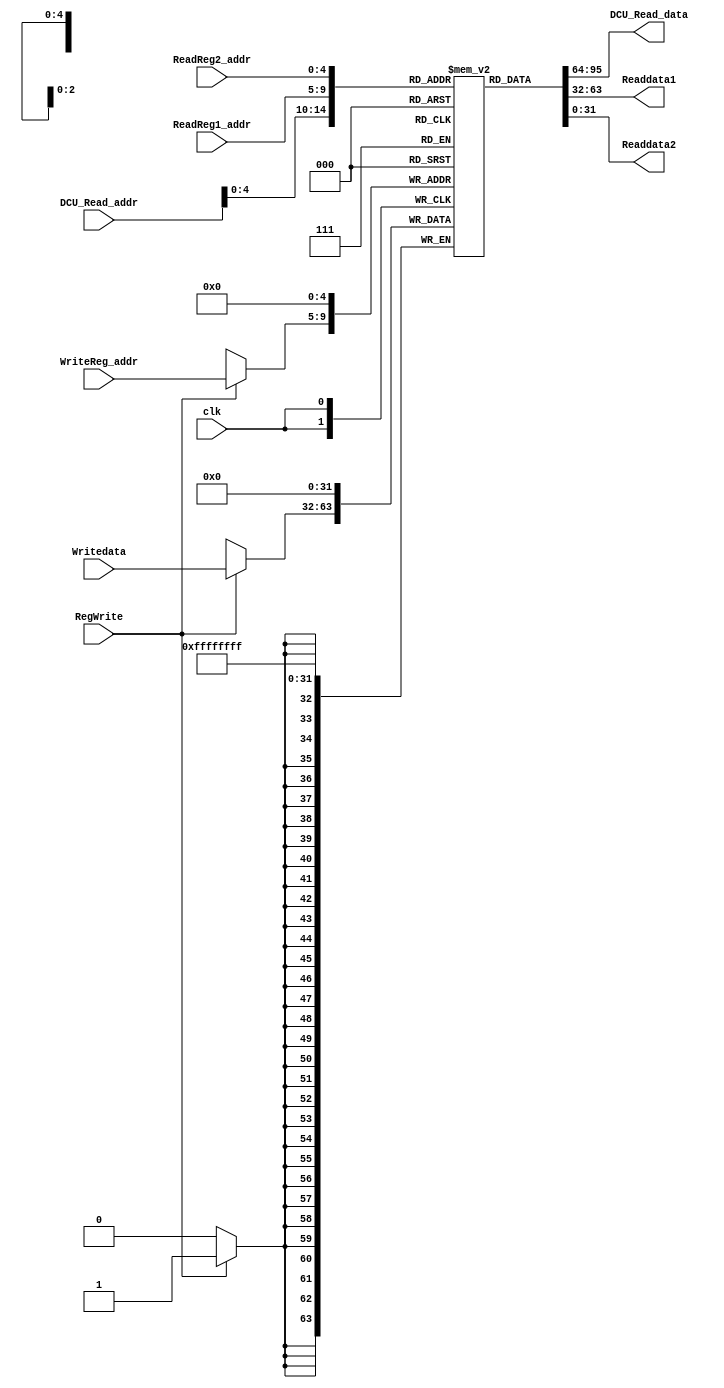
`timescale 1ns / 1ps
//////////////////////////////////////////////////////////////////////////////////
// Company: 
// Engineer: 
// 
// Design Name: 
// Module Name: RegFile
// Project Name: 
// Target Devices: 
// Tool Versions: 
// Description: 
// 
// Dependencies: 
// 
// Revision:
// Revision 0.01 - File Created
// Additional Comments:
// 
//////////////////////////////////////////////////////////////////////////////////
module RegFile(
    input clk,
    input RegWrite,
    input [7:0] DCU_Read_addr,
    input [4:0] ReadReg1_addr, ReadReg2_addr, WriteReg_addr, //32 regs
    input [31:0]Writedata,
    output [31:0] DCU_Read_data, Readdata1,Readdata2 
);
      reg [31:0]Reg[31:0];
      assign DCU_Read_data=Reg[DCU_Read_addr];
      assign Readdata1=Reg[ReadReg1_addr];
      assign Readdata2=Reg[ReadReg2_addr];
  
     always @(posedge clk)begin
          Reg[0]<=0;
          if(RegWrite) Reg[WriteReg_addr]<=Writedata;    
      end
      
endmodule